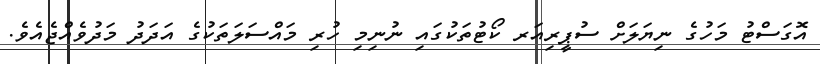
އޮގަސްޓު މަހުގެ ނިޔަލަށް ސުޕީރިއަރ ކޯޓުތަކުގައި ނުނިމި ހުރި މައްސަލަތަކުގެ އަދަދު މަދުވެއްޖެއެވެ.